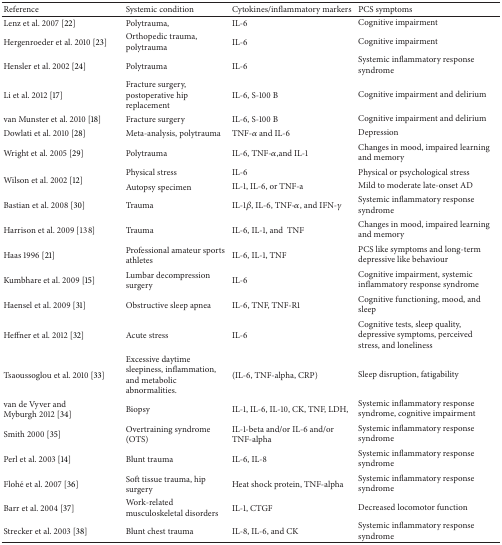
<table><thead><tr><td><b>Reference </b></td><td><b>Systemic condition</b></td><td><b>Cytokines/inflammatory markers</b></td><td><b>PCS symptoms</b></td></tr></thead><tbody><tr><td>Lenz et al. 2007 [22]</td><td>Polytrauma, </td><td>IL-6</td><td>Cognitive impairment</td></tr><tr><td>Hergenroeder et al. 2010 [23]</td><td>Orthopedic trauma, polytrauma</td><td>IL-6</td><td>Cognitive impairment</td></tr><tr><td>Hensler et al. 2002 [24]</td><td>Polytrauma</td><td>IL-6</td><td>Systemic inflammatory response syndrome</td></tr><tr><td>Li et al. 2012 [17]</td><td>Fracture surgery, postoperative hip replacement</td><td>IL-6, S-100 B</td><td>Cognitive impairment and delirium</td></tr><tr><td>van Munster et al. 2010 [18]</td><td>Fracture surgery</td><td>IL-6, S-100 B</td><td>Cognitive impairment and delirium</td></tr><tr><td>Dowlati et al. 2010 [28]</td><td>Meta-analysis, polytrauma </td><td>TNF-<i>α</i> and IL-6</td><td>Depression</td></tr><tr><td>Wright et al. 2005 [29]</td><td>Polytrauma</td><td>IL-6, TNF-<i>α</i>,and IL-1</td><td>Changes in mood, impaired learning and memory</td></tr><tr><td rowspan="2">Wilson et al. 2002 [12]</td><td>Physical stress </td><td>IL-6</td><td>Physical or psychological stress</td></tr><tr><td>Autopsy specimen</td><td>IL-1, IL-6, or TNF-a</td><td>Mild to moderate late-onset AD</td></tr><tr><td>Bastian et al. 2008 [30]</td><td>Trauma </td><td>IL-1<i>β</i>, IL-6, TNF-<i>α</i>, and IFN-<i>γ</i></td><td>Systemic inflammatory response syndrome</td></tr><tr><td>Harrison et al. 2009 [138]</td><td>Trauma </td><td>IL-6, IL-1, and TNF</td><td>Changes in mood, impaired learning and memory</td></tr><tr><td>Haas 1996 [21]</td><td>Professional amateur sports athletes</td><td>IL-6, IL-1, TNF</td><td>PCS like symptoms and long-term depressive like behaviour</td></tr><tr><td>Kumbhare et al. 2009 [15]</td><td>Lumbar decompression surgery</td><td>IL-6</td><td>Cognitive impairment, systemic inflammatory response syndrome</td></tr><tr><td>Haensel et al. 2009 [31]</td><td>Obstructive sleep apnea</td><td>IL-6, TNF, TNF-R1</td><td>Cognitive functioning, mood, and sleep</td></tr><tr><td>Heffner et al. 2012 [32]</td><td>Acute stress</td><td>IL-6</td><td>Cognitive tests, sleep quality, depressive symptoms, perceived stress, and loneliness</td></tr><tr><td>Tsaoussoglou et al. 2010 [33]</td><td>Excessive daytime sleepiness, inflammation, and metabolic abnormalities.</td><td>(IL-6, TNF-alpha, CRP)</td><td>Sleep disruption, fatigability </td></tr><tr><td>van de Vyver and Myburgh 2012 [34]</td><td>Biopsy</td><td>IL-1, IL-6, IL-10, CK, TNF, LDH,</td><td>Systemic inflammatory response syndrome, cognitive impairment</td></tr><tr><td>Smith 2000 [35]</td><td>Overtraining syndrome (OTS)</td><td>IL-1-beta and/or IL-6 and/or TNF-alpha</td><td>Systemic inflammatory response syndrome</td></tr><tr><td>Perl et al. 2003 [14]</td><td>Blunt trauma</td><td>IL-6, IL-8</td><td>Systemic inflammatory response syndrome</td></tr><tr><td>Flohé et al. 2007 [36]</td><td>Soft tissue trauma, hip surgery</td><td>Heat shock protein, TNF-alpha </td><td>Systemic inflammatory response syndrome</td></tr><tr><td>Barr et al. 2004 [37]</td><td>Work-related musculoskeletal disorders</td><td>IL-1, CTGF </td><td>Decreased locomotor function </td></tr><tr><td>Strecker et al. 2003 [38]</td><td>Blunt chest trauma </td><td>IL-8, IL-6, and CK</td><td>Systemic inflammatory response syndrome</td></tr></tbody></table>